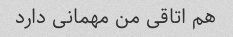
هم اتاقی من مهمانی دارد